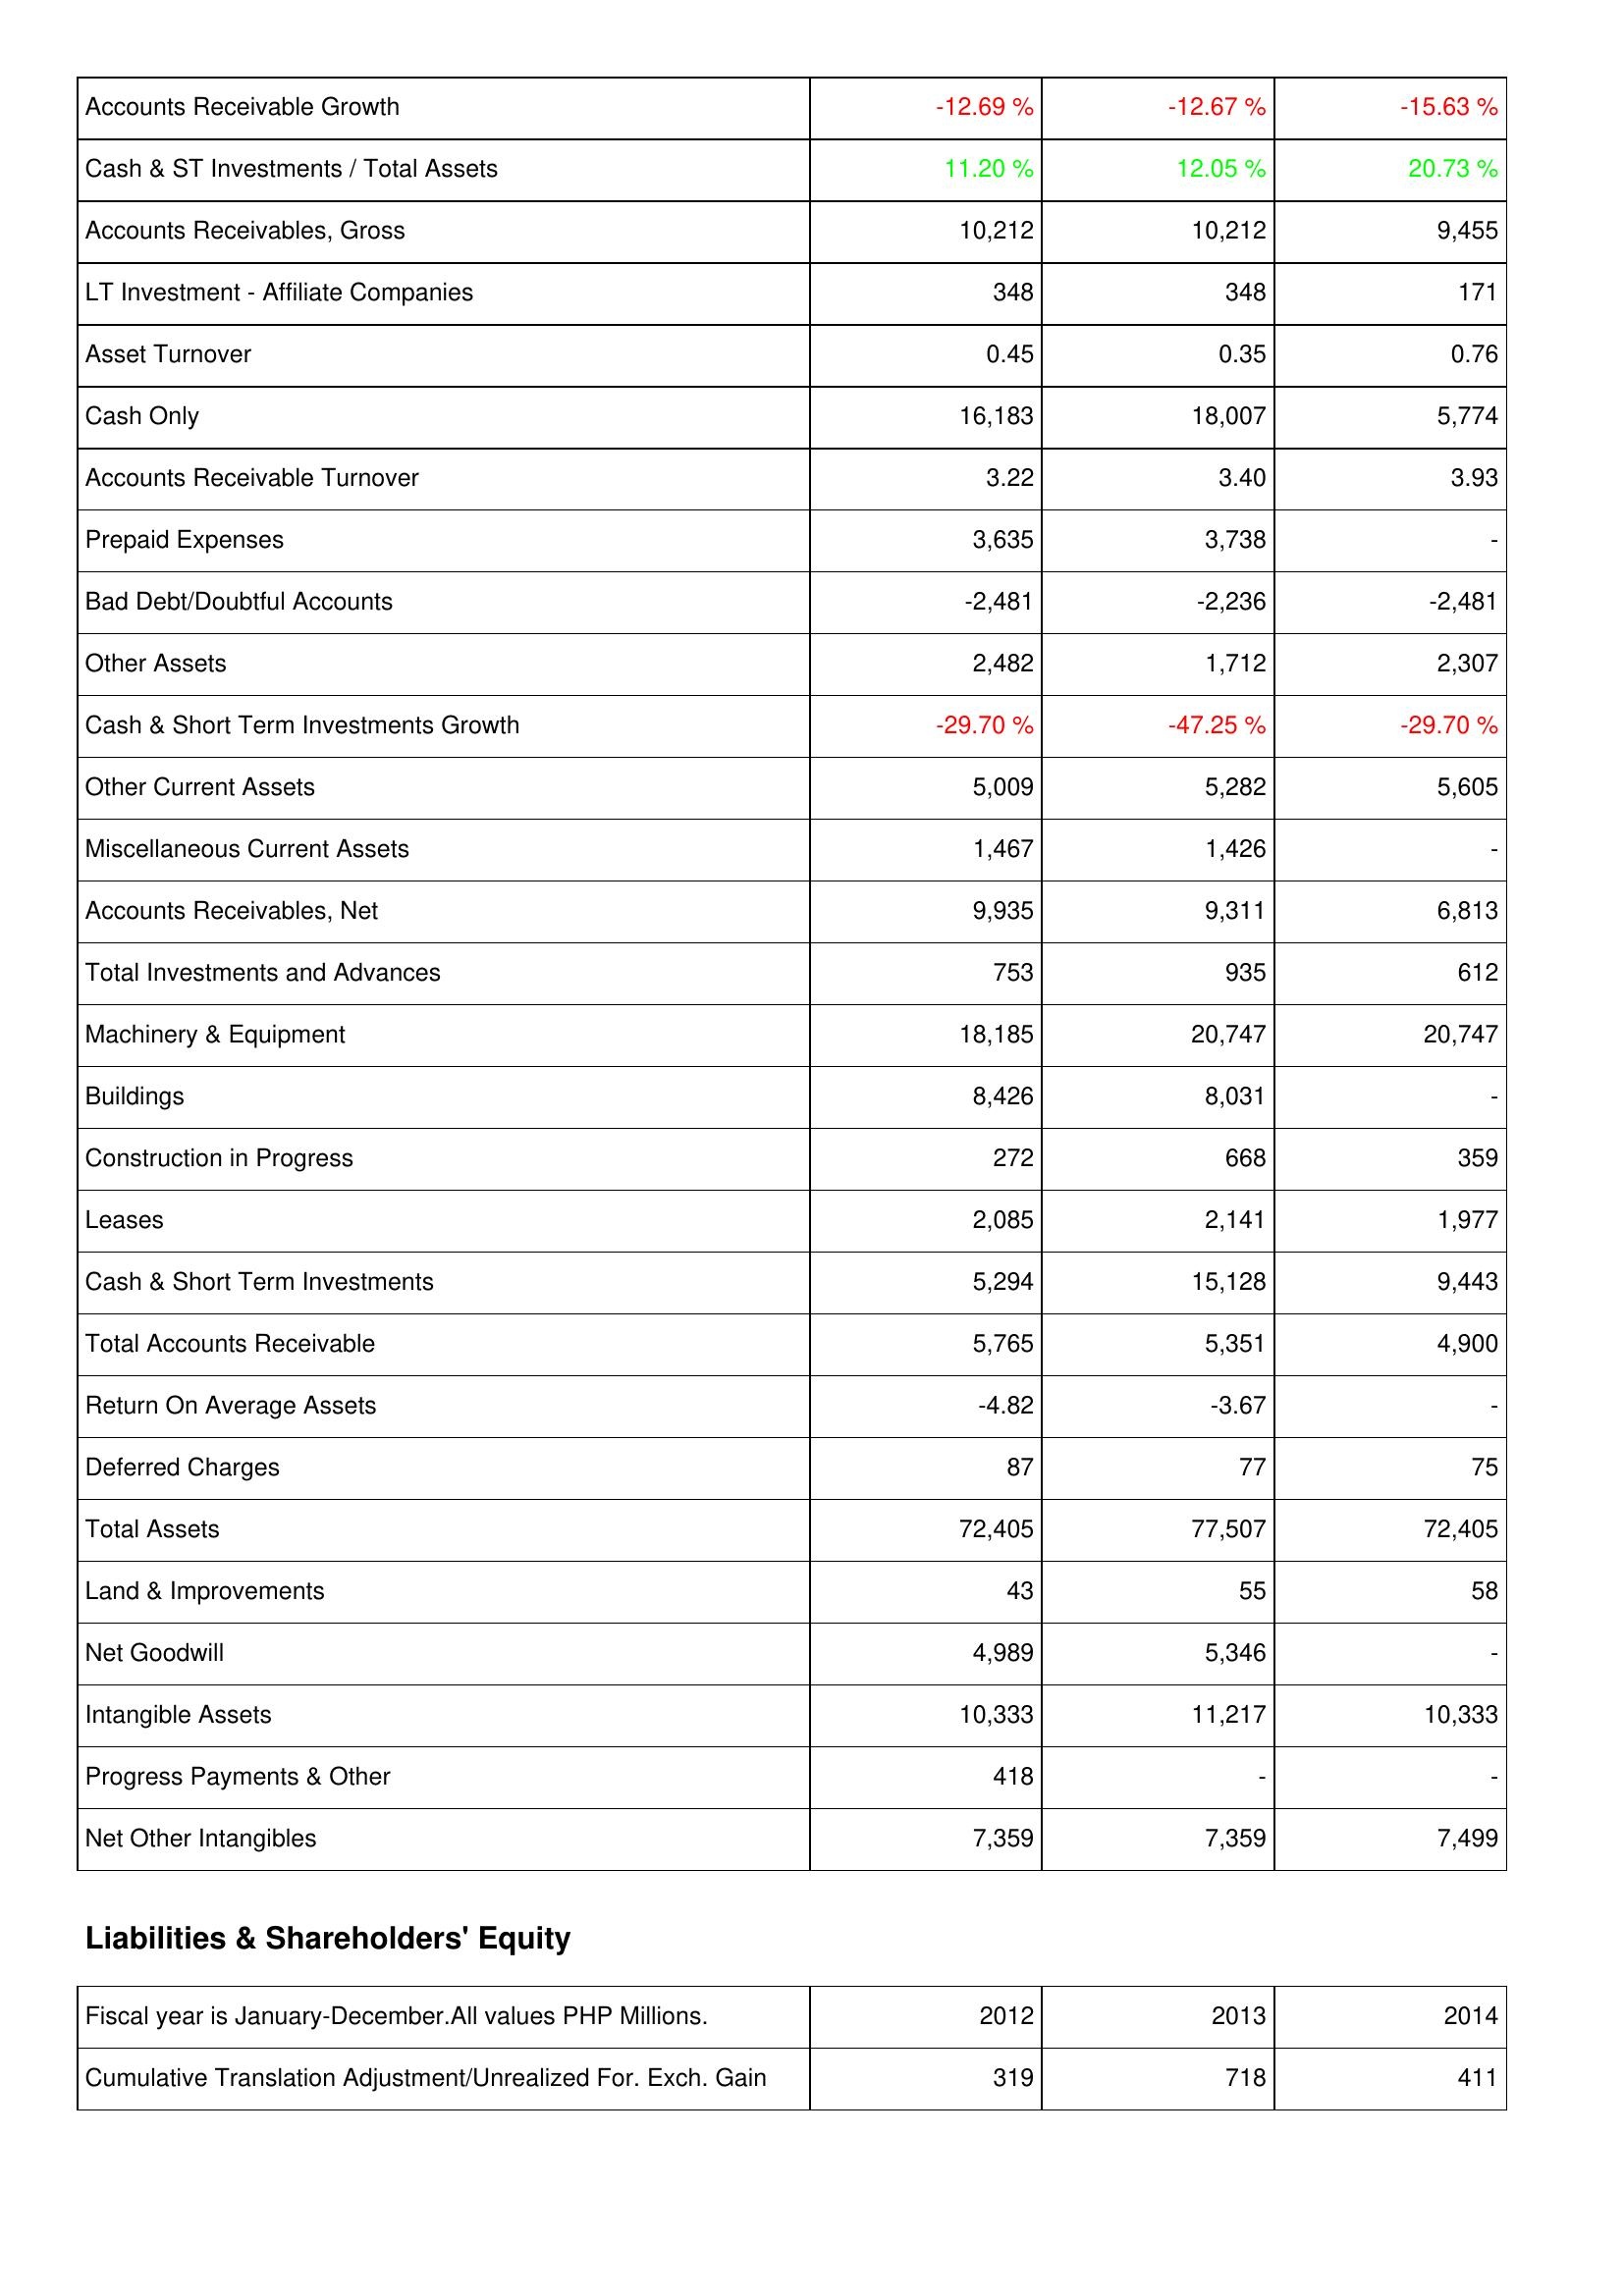
2012: Assets: Accounts Receivable Growth: -12.69 %
Cash & ST Investments / Total Assets: 11.20 %
Accounts Receivables, Gross: 10,212
LT Investment - Affiliate Companies: 348
Asset Turnover: 0.45
Cash Only: 16,183
Accounts Receivable Turnover: 3.22
Prepaid Expenses: 3,635
Bad Debt/Doubtful Accounts: -2,481
Other Assets: 2,482
Cash & Short Term Investments Growth: -29.70 %
Other Current Assets: 5,009
Miscellaneous Current Assets: 1,467
Accounts Receivables, Net: 9,935
Total Investments and Advances: 753
Machinery & Equipment: 18,185
Buildings: 8,426
Construction in Progress: 272
Leases: 2,085
Cash & Short Term Investments: 5,294
Total Accounts Receivable: 5,765
Return On Average Assets: -4.82
Deferred Charges: 87
Total Assets: 72,405
Land & Improvements: 43
Net Goodwill: 4,989
Intangible Assets: 10,333
Progress Payments & Other: 418
Net Other Intangibles: 7,359
Liabilities & Shareholders' Equity: Cumulative Translation Adjustment/Unrealized For. Exch. Gain: 319
2013: Assets: Accounts Receivable Growth: -12.67 %
Cash & ST Investments / Total Assets: 12.05 %
Accounts Receivables, Gross: 10,212
LT Investment - Affiliate Companies: 348
Asset Turnover: 0.35
Cash Only: 18,007
Accounts Receivable Turnover: 3.40
Prepaid Expenses: 3,738
Bad Debt/Doubtful Accounts: -2,236
Other Assets: 1,712
Cash & Short Term Investments Growth: -47.25 %
Other Current Assets: 5,282
Miscellaneous Current Assets: 1,426
Accounts Receivables, Net: 9,311
Total Investments and Advances: 935
Machinery & Equipment: 20,747
Buildings: 8,031
Construction in Progress: 668
Leases: 2,141
Cash & Short Term Investments: 15,128
Total Accounts Receivable: 5,351
Return On Average Assets: -3.67
Deferred Charges: 77
Total Assets: 77,507
Land & Improvements: 55
Net Goodwill: 5,346
Intangible Assets: 11,217
Progress Payments & Other: -
Net Other Intangibles: 7,359
Liabilities & Shareholders' Equity: Cumulative Translation Adjustment/Unrealized For. Exch. Gain: 718
2014: Assets: Accounts Receivable Growth: -15.63 %
Cash & ST Investments / Total Assets: 20.73 %
Accounts Receivables, Gross: 9,455
LT Investment - Affiliate Companies: 171
Asset Turnover: 0.76
Cash Only: 5,774
Accounts Receivable Turnover: 3.93
Prepaid Expenses: -
Bad Debt/Doubtful Accounts: -2,481
Other Assets: 2,307
Cash & Short Term Investments Growth: -29.70 %
Other Current Assets: 5,605
Miscellaneous Current Assets: -
Accounts Receivables, Net: 6,813
Total Investments and Advances: 612
Machinery & Equipment: 20,747
Buildings: -
Construction in Progress: 359
Leases: 1,977
Cash & Short Term Investments: 9,443
Total Accounts Receivable: 4,900
Return On Average Assets: -
Deferred Charges: 75
Total Assets: 72,405
Land & Improvements: 58
Net Goodwill: -
Intangible Assets: 10,333
Progress Payments & Other: -
Net Other Intangibles: 7,499
Liabilities & Shareholders' Equity: Cumulative Translation Adjustment/Unrealized For. Exch. Gain: 411